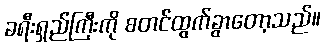
ခရီးရှည်ကြီးကို စတင်ထွက်ခွာတော့သည်။